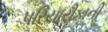
પરિયારીકાની